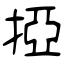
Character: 掗